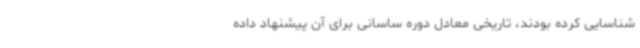
شناسایی کرده بودند، تاریخی معادل دوره ساسانی برای آن پیشنهاد داده